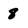
Character: 8